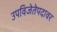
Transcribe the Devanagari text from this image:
उपविजेतेपदावर